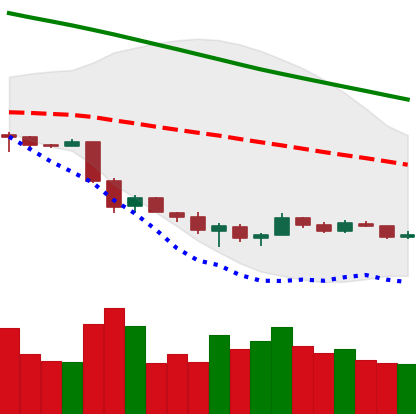
Ticker: ETH-USD
Chart end date: 2018-12-04
Forward return: -13.675%
Label: down_7plus